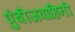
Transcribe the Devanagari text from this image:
पुंबीजवाहिनी